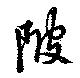
陂